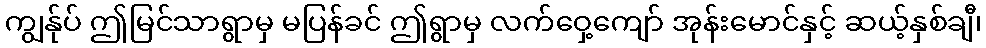
ကျွန်ုပ် ဤမြင်သာရွာမှ မပြန်ခင် ဤရွာမှ လက်ဝှေ့ကျော် အုန်းမောင်နှင့် ဆယ့်နှစ်ချီ၊